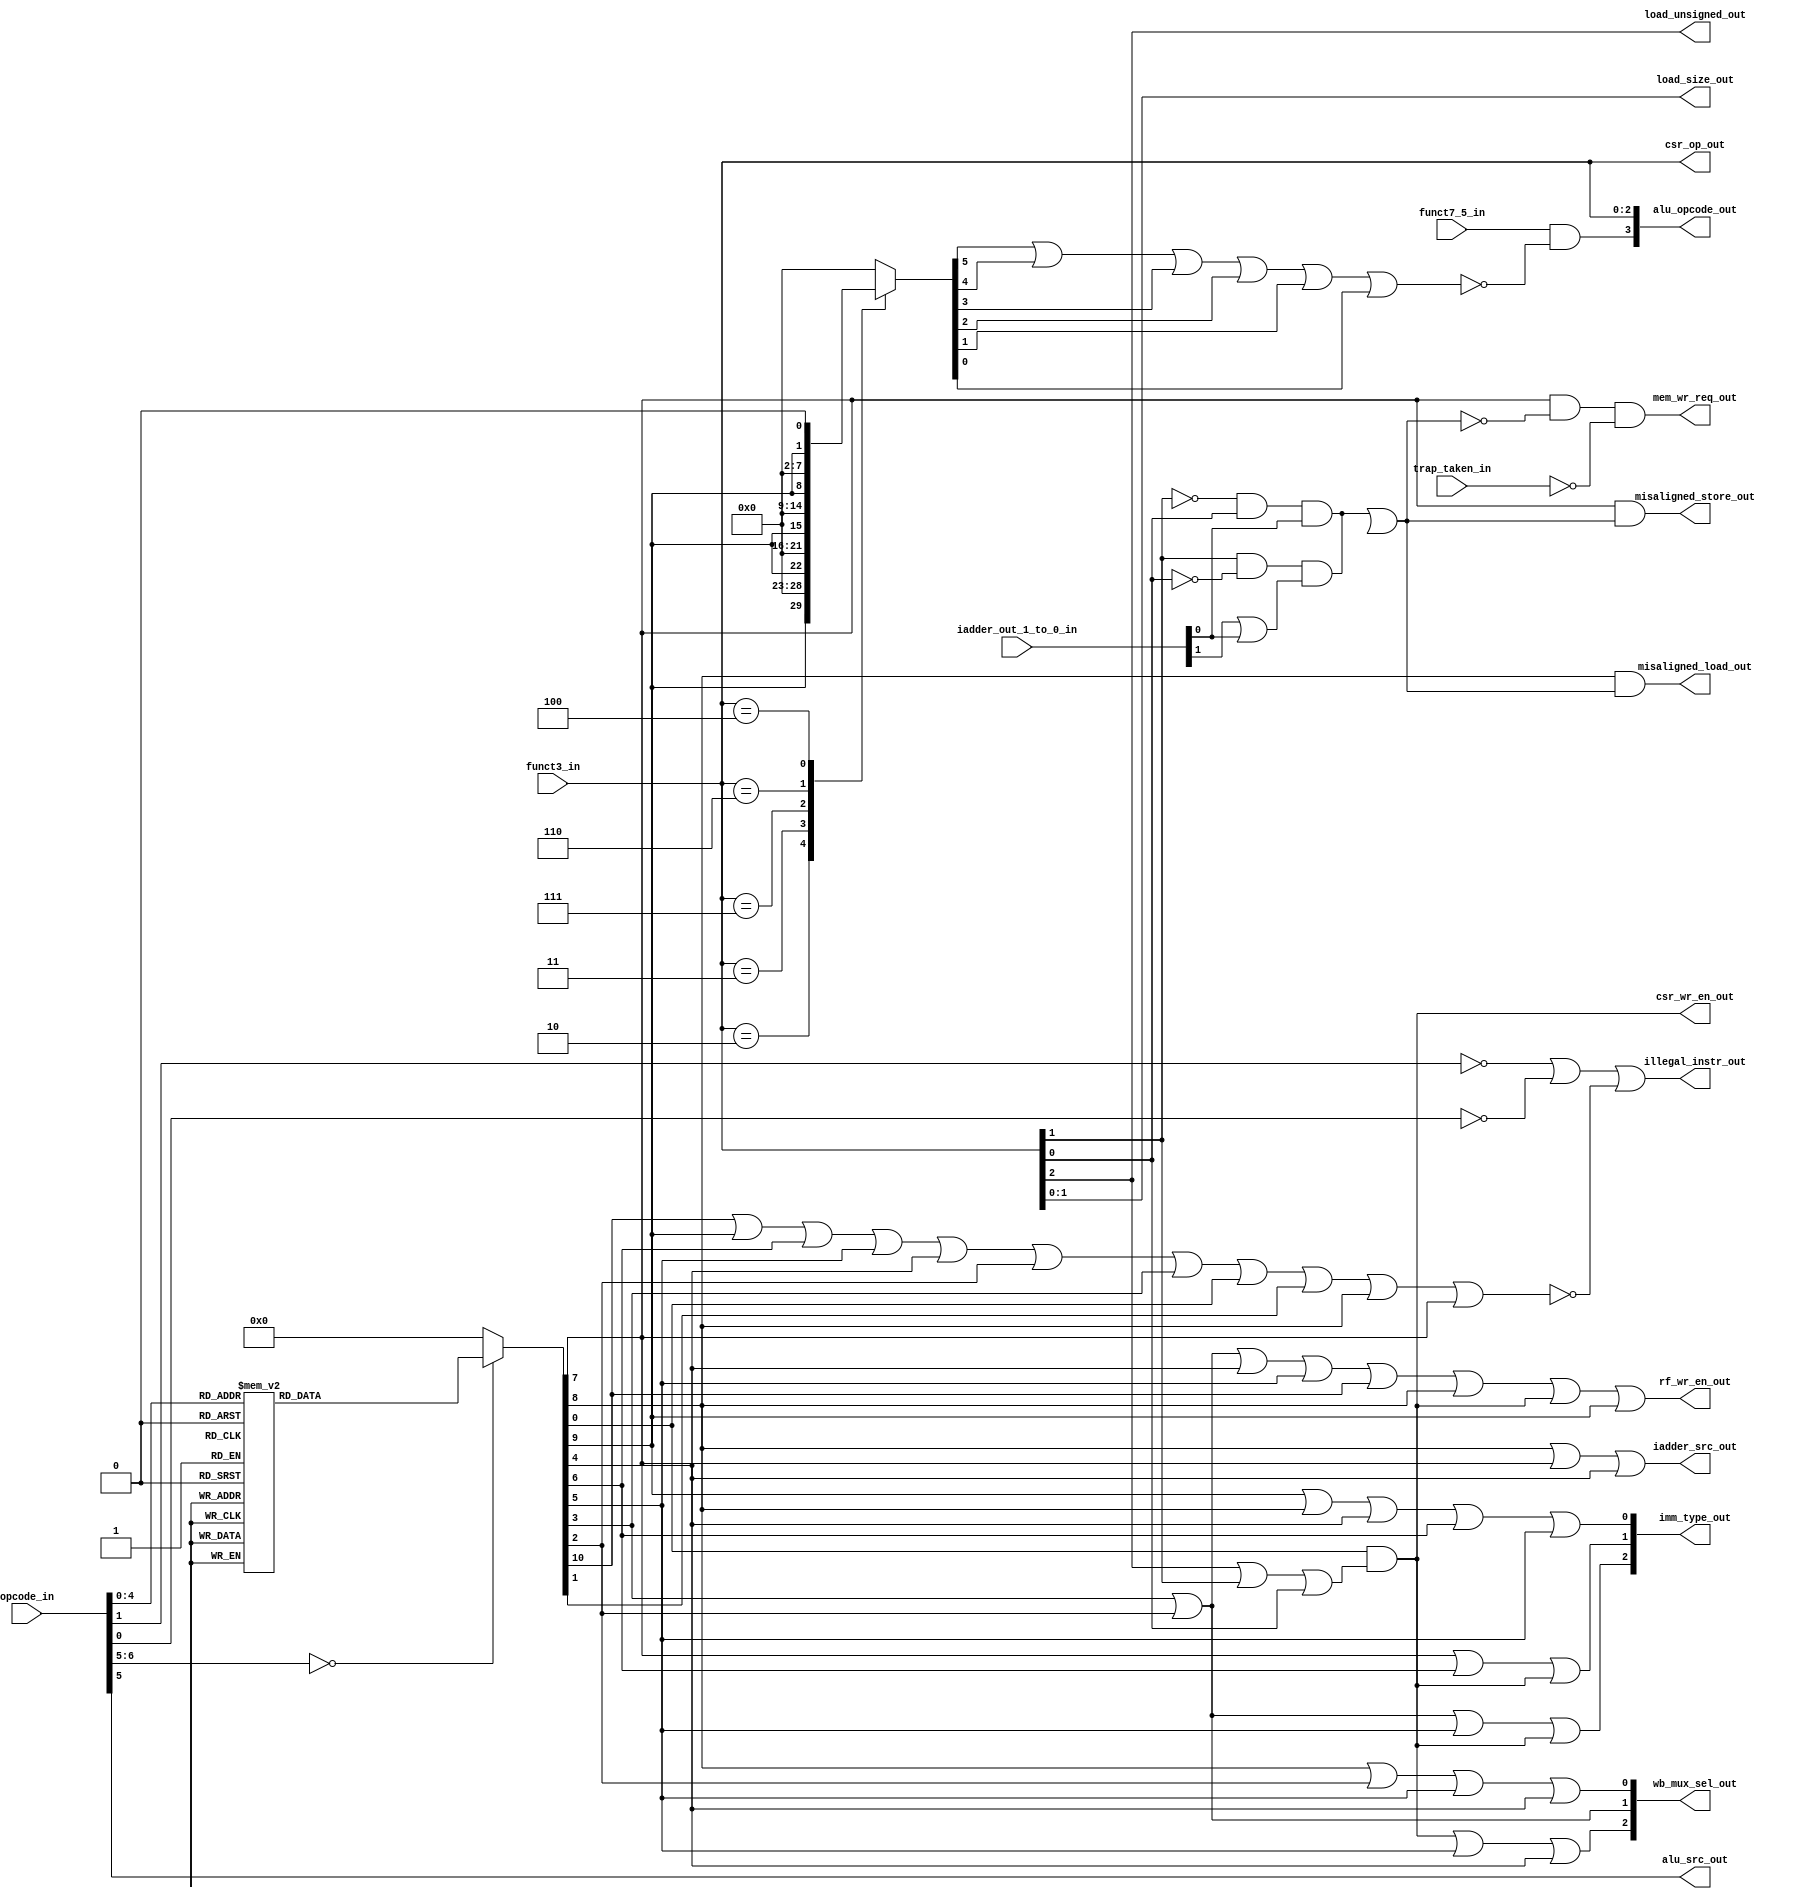
`timescale 1ns / 1ps
//////////////////////////////////////////////////////////////////////////////////
// Company: maven silicon - VIT Vellore
// 
// Design Name: Decoder
// Module Name: msrv32_decoder
// Project Name: RISC V 32I
// Target Devices: 
// Tool Versions: 
// Description: 
// 
// Dependencies: 
// 
// Revision:
// Revision 0.01 - File Created
// Additional Comments:
// 
//////////////////////////////////////////////////////////////////////////////////


module msrv32_decoder(trap_taken_in, funct7_5_in, opcode_in, funct3_in, iadder_out_1_to_0_in, wb_mux_sel_out, imm_type_out, csr_op_out, mem_wr_req_out, alu_opcode_out, load_size_out, load_unsigned_out, alu_src_out, iadder_src_out,csr_wr_en_out, rf_wr_en_out, illegal_instr_out, misaligned_load_out, misaligned_store_out);
input trap_taken_in;
input funct7_5_in;
input [6:0] opcode_in;
input [2:0] funct3_in;
input [1:0] iadder_out_1_to_0_in;

output [2:0] wb_mux_sel_out;
output [2:0] imm_type_out;
output [2:0] csr_op_out;
output mem_wr_req_out;
output [3:0] alu_opcode_out;
output [1:0] load_size_out;
output load_unsigned_out;
output alu_src_out;
output iadder_src_out;
output csr_wr_en_out;
output rf_wr_en_out;
output illegal_instr_out;
output misaligned_load_out;
output misaligned_store_out;
reg is_branch,is_jal, is_jalr , is_auipc, is_lui, is_op, is_op_imm,is_load,is_store,is_system, is_misc_mem;
reg is_addi,is_slti, is_sltiu, is_andi , is_ori, is_xori;
wire alu_opcode_out_3_wire;
wire csr_or_wire;
wire is_csr;
wire is_implimented_instr;
wire mal_word;
wire mal_half;
wire misaligned;
always @(*)
begin
    case(opcode_in[6:0])
        5'b01100 :{is_op, is_op_imm, is_load, is_store,  is_branch, is_jal, is_jalr, is_lui, is_auipc, is_misc_mem, is_system} =11'b10000000000;
        5'b00100 :{is_op, is_op_imm, is_load, is_store,  is_branch, is_jal, is_jalr, is_lui, is_auipc, is_misc_mem, is_system} =11'b01000000000;
        5'b00000 :{is_op, is_op_imm, is_load, is_store,  is_branch, is_jal, is_jalr, is_lui, is_auipc, is_misc_mem, is_system} =11'b00100000000;
        5'b01000 :{is_op, is_op_imm, is_load, is_store,  is_branch, is_jal, is_jalr, is_lui, is_auipc, is_misc_mem, is_system} =11'b00010000000;
        5'b11000 :{is_op, is_op_imm, is_load, is_store,  is_branch, is_jal, is_jalr, is_lui, is_auipc, is_misc_mem, is_system} =11'b00001000000;
        5'b11011 :{is_op, is_op_imm, is_load, is_store,  is_branch, is_jal, is_jalr, is_lui, is_auipc, is_misc_mem, is_system} =11'b00000100000;
        5'b11001 :{is_op, is_op_imm, is_load, is_store,  is_branch, is_jal, is_jalr, is_lui, is_auipc, is_misc_mem, is_system} =11'b00000010000;
        5'b01101 :{is_op, is_op_imm, is_load, is_store,  is_branch, is_jal, is_jalr, is_lui, is_auipc, is_misc_mem, is_system} =11'b00000001000;
        5'b00101 :{is_op, is_op_imm, is_load, is_store,  is_branch, is_jal, is_jalr, is_lui, is_auipc, is_misc_mem, is_system} =11'b00000000100;
        5'b00011 :{is_op, is_op_imm, is_load, is_store,  is_branch, is_jal, is_jalr, is_lui, is_auipc, is_misc_mem, is_system} =11'b00000000010;
        5'b11100 :{is_op, is_op_imm, is_load, is_store,  is_branch, is_jal, is_jalr, is_lui, is_auipc, is_misc_mem, is_system} =11'b00000000001;
        default    :{is_op, is_op_imm, is_load, is_store,  is_branch, is_jal, is_jalr, is_lui, is_auipc, is_misc_mem, is_system} =11'b00000000000;
    endcase
end
always @*
begin
case(funct3_in)
    3'b000: {is_addi, is_slti, is_sltiu, is_andi, is_ori, is_xori} = {is_op_imm, 1'b0, 1'b0, 1'b0, 1'b0, 1'b0, 1'b0};
    3'b010: {is_addi, is_slti, is_sltiu, is_andi, is_ori, is_xori} = {1'b0, is_op_imm, 1'b0, 1'b0, 1'b0, 1'b0, 1'b0};
    3'b011: {is_addi, is_slti, is_sltiu, is_andi, is_ori, is_xori} = {1'b0, 1'b0, is_op_imm, 1'b0, 1'b0, 1'b0, 1'b0};
    3'b111: {is_addi, is_slti, is_sltiu, is_andi, is_ori, is_xori} = {1'b0, 1'b0, 1'b0, is_op_imm, 1'b0, 1'b0, 1'b0};
    3'b110: {is_addi, is_slti, is_sltiu, is_andi, is_ori, is_xori} = {1'b0, 1'b0, 1'b0, 1'b0, is_op_imm, 1'b0, 1'b0};
    3'b100: {is_addi, is_slti, is_sltiu, is_andi, is_ori, is_xori} = {1'b0, 1'b0, 1'b0, 1'b0, 1'b0,  is_op_imm, 1'b0};
    default:{is_addi, is_slti, is_sltiu, is_andi, is_ori, is_xori} =6'b000000;
endcase
end

assign load_size_out = funct3_in[1:0];
assign load_unsigned_out =funct3_in[2];
assign alu_src_out = opcode_in[5];

assign is_csr = is_system & (funct3_in[2] |funct3_in[1]|funct3_in[0]);
assign csr_wr_en_out = is_csr;
assign csr_op_out =funct3_in;

assign iadder_src_out = is_load |is_store|is_jalr;
assign rf_wr_en_out = is_lui |is_auipc|is_jalr|is_jal|is_op|is_load|is_csr|is_op_imm;
assign alu_opcode_out[2:0] = funct3_in;
assign alu_opcode_out[3] = funct7_5_in &~(is_addi |is_slti|is_sltiu|is_andi|is_ori|is_xori);

assign wb_mux_sel_out[0] = is_load|is_auipc|is_jal|is_jalr;
assign wb_mux_sel_out[1] =is_lui|is_auipc;
assign wb_mux_sel_out[2] =is_csr|is_jal|is_jalr;

assign imm_type_out[0] = is_op_imm|is_load|is_jalr|is_branch|is_jal;
assign imm_type_out[1] = is_store|is_branch|is_csr;
assign imm_type_out[2] = is_lui|is_auipc|is_jal|is_csr;

assign is_implimented_instr = is_op|is_op_imm|is_branch|is_jal|is_jalr|is_auipc|is_lui|is_system|is_misc_mem|is_load|is_store;
assign illegal_instr_out =~opcode_in[1]|~opcode_in[0]|~is_implimented_instr;

assign mal_word = funct3_in[1]&~funct3_in[0]&(iadder_out_1_to_0_in[1]|iadder_out_1_to_0_in[0]);
assign mal_word = ~funct3_in[1]&funct3_in[0]&iadder_out_1_to_0_in[0];
assign misaligned = mal_word|mal_half;
assign misaligned_store_out = is_store&misaligned;
assign misaligned_load_out = is_load&misaligned;

assign mem_wr_req_out = is_store&~misaligned&~trap_taken_in;

endmodule